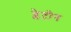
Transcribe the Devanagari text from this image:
प्लेटोन